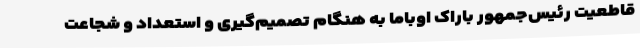
قاطعیت رئیس‌جمهور باراک اوباما به هنگام تصمیم‌گیری و استعداد و شجاعت